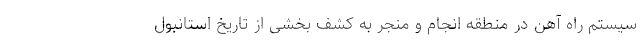
سیستم راه آهن در منطقه انجام و منجر به کشف بخشی از تاریخ استانبول